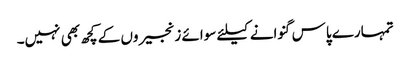
تمہارے پاس گنوانے کیلئے سوائے زنجیروں کے کچھ بھی نہیں۔